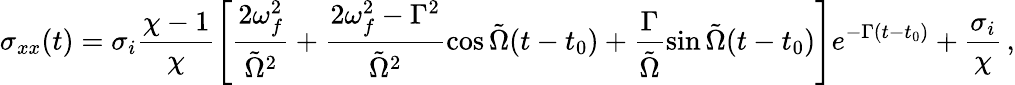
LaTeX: \sigma_{xx}(t)=\sigma_{i}\frac{\chi-1}{\chi}\left[\frac{2\omega_{f}^{2}}{\tilde{\Omega}^{2}}+\frac{2\omega_{f}^{2}-\Gamma^{2}}{\tilde{\Omega}^{2}}\cos\tilde{\Omega}(t-t_{0})+\frac{\Gamma}{\tilde{\Omega}}\sin\tilde{\Omega}(t-t_{0})\right]e^{-\Gamma(t-t_{0})}+\frac{\sigma_{i}}{\chi}\, ,